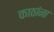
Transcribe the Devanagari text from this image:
काठांना